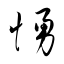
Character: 愑